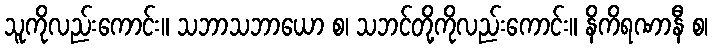
သူကိုလည်းကောင်း။ သဘာသဘာယော စ၊ သဘင်တို့ကိုလည်းကောင်း။ နိကိရဏာနီ စ၊